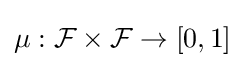
\mu :{\mathcal {F}}\times {\mathcal {F}}\to [0,1]